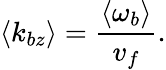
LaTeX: \langle k_{bz}\rangle=\frac{\langle\omega_{b}\rangle}{v_{f}}.